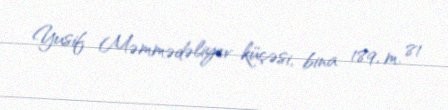
Yusif Məmmədəliyev küçəsi, bina 189, m. 81